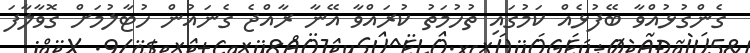
ގެންގުޅުއްވާ ބޭފުޅެއް ކަމުގައި ތުހުމަތު ކުރައްވާ އޭނާ ރާއްޖެ ގެނައުން ހުޓާލުމަށް ގޮވާލާފަ